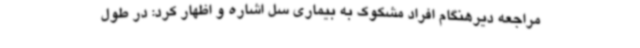
مراجعه دیرهنگام افراد مشکوک به بیماری سل اشاره و اظهار کرد: در طول